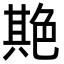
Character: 𦫡